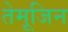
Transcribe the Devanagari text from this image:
तेमूजिन